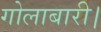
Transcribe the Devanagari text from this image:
गोलाबारी।